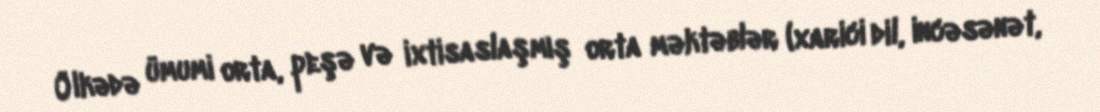
Ölkədə ümumi orta, peşə və ixtisaslaşmış orta məktəblər (xarici dil, incəsənət,